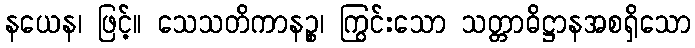
နယေန၊ ဖြင့်။ သေသတိကာနဉ္စ၊ ကြွင်းသော သတ္တာဓိဋ္ဌာနအစရှိသော